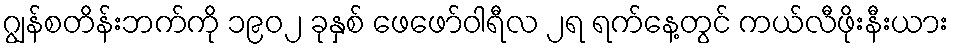
ဂျွန်စတိန်းဘက်ကို ၁၉၀၂ ခုနှစ် ဖေဖော်ဝါရီလ ၂ရ ရက်နေ့တွင် ကယ်လီဖိုးနီးယား